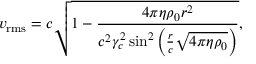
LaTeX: v _ { \mathrm { r m s } } = c { \sqrt { 1 - { \frac { 4 \pi \eta \rho _ { 0 } r ^ { 2 } } { c ^ { 2 } \gamma _ { c } ^ { 2 } \sin ^ { 2 } { \left( { \frac { r } { c } } { \sqrt { 4 \pi \eta \rho _ { 0 } } } \right) } } } } } ,